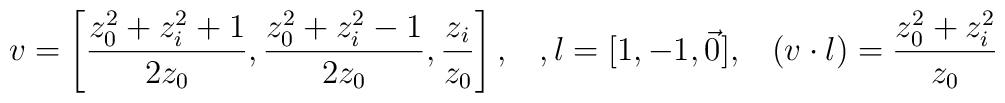
v=\left[{z_0^2+z_i^2+1\over 2z_0},        {z_0^2+z_i^2-1\over 2z_0},        {z_i\over z_0}\right],\;\;\;, l=[1,-1,\vec{0}],\;\;\;(v\cdot l)={z_0^2+z_i^2\over z_0}